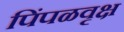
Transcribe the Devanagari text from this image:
पिंपळवृक्ष